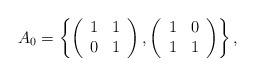
LaTeX: \begin{align*}A_0 = \left\{ \left(\begin{array}{cc} 1 &1\\0 &1\end{array}\right),\left(\begin{array}{cc} 1 &0\\1 &1\end{array}\right)\right\},\end{align*}